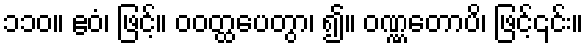
၁၁၀။ ဧဝံ၊ ဖြင့်။ ဝဝတ္ထပေတွာ၊ ၍။ ဝဏ္ဏတောပိ၊ ဖြင့်၎င်း။